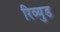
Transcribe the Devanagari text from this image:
रिव्युड